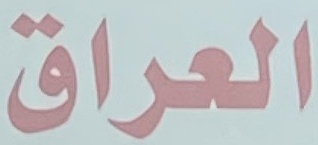
العراق